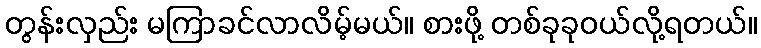
တွန်းလှည်း မကြာခင်လာလိမ့်မယ်။ စားဖို့ တစ်ခုခုဝယ်လို့ရတယ်။